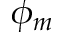
\phi _ { m }